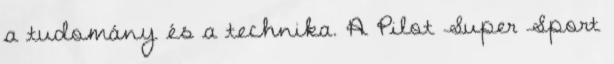
a tudomány és a technika. A Pilot Super Sport